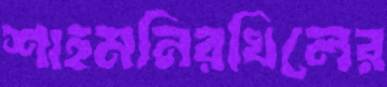
শাহমনিরখিলের